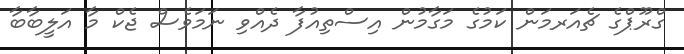
ގްރޫޕްގެ ޗެއަރމަން ކަމުގެ މަގާމުން އިސްތިއުފާ ދެއްވި ނަމަވެސް ޖެކް މާ އަލީބާބާ